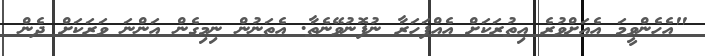
"އެހެންވީމަ އެއަށްވުރެ އިތުރަކަށް އެއްފަހަރާ ނުފޮނުވޭނެތާ. އެތަނުން ނިމިގެން އަންނަ ވަރަކަށް ދެން